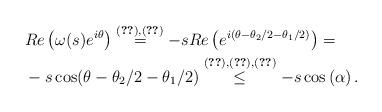
LaTeX: \begin{align*}& Re\left(\omega(s) e^{i\theta}\right) \overset{\eqref{concatenated_omega},\eqref{concatenated_s}}{=} -s Re\left( e^{i(\theta-\theta_2/2-\theta_1/2)}\right)= \\ & -s \cos(\theta-\theta_2/2-\theta_1/2) \overset{\eqref{concatenated_s},\eqref{concatenated_theta},\eqref{alpha}}{\leq} -s\cos\left(\alpha\right).\end{align*}